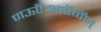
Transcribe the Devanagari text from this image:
णऊऍःआऍव्वॅण्